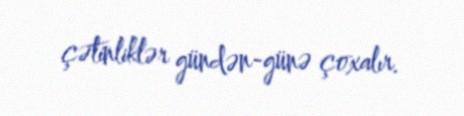
çətinliklər gündən-günə çoxalır.